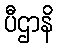
ပီဌာနိ